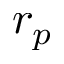
r _ { p }